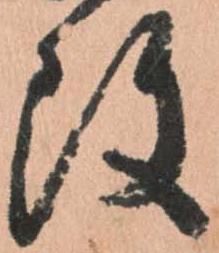
改